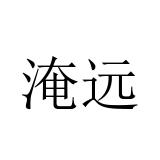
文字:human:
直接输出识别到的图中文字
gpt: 淹远